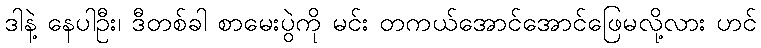
ဒါနဲ့ နေပါဦး၊ ဒီတစ်ခါ စာမေးပွဲကို မင်း တကယ်အောင်အောင်ဖြေမလို့လား ဟင်